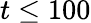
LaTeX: t\leq 100